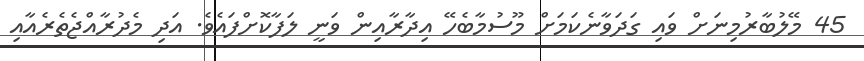
45 މޭލުބާރުމިނަށް ވައި ގަދަވާނެކަމަށް މޫސުމާބެހޭ އިދާރާއިން ވަނީ ލަފާކޮށްފައެވެ. އަދި މެދުރާއްޖެތެރެއާއި